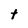
Character: t